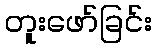
တူးဖော်ခြင်း